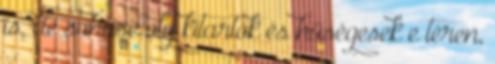
is, de sohase oly kitartók és hűségesek e téren,